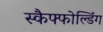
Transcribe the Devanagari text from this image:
स्कैफ्फोल्डिंग